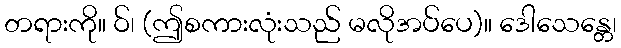
တရားကို။ ဝ်၊ (ဤစကားလုံးသည် မလိုအပ်ပေ)။ ဒေါသေန္တေ၊